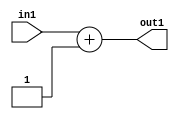
`timescale 1ps / 1ps
/*****************************************************************************
    Verilog RTL Description
    
    
    Created by: CellMath Designer 2019.1.01 
*******************************************************************************/

module finish_gen_Add2i1u32_4 (
	in1,
	out1
	); /* architecture "behavioural" */ 
input [31:0] in1;
output [31:0] out1;
wire [31:0] asc001;

assign asc001 = 
	+(in1)
	+(32'B00000000000000000000000000000001);

assign out1 = asc001;
endmodule

/* CADENCE  ubLySQ0= : u9/ySgnWtBlWxVPRXgAZ4Og= ** DO NOT EDIT THIS LINE ******/